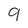
Character: 9